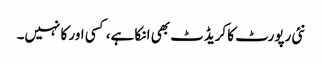
نئی رپورٹ کا کریڈٹ بھی ا نکا ہے، کسی اور کا نہیں۔